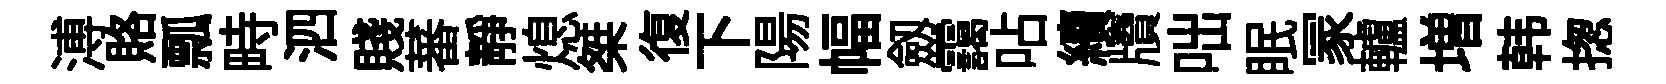
溥賂瓢畤泗賤蕃静熄桀復下陽幅劔靄呫續牘咄眠冡轤増韩揔